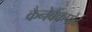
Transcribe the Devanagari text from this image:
कैनेबैंकपोर्ट